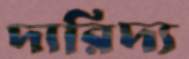
দারিদ্য